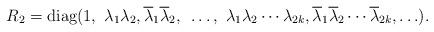
LaTeX: \begin{align*} R_2=\hbox{diag}(1, ~\lambda_1 \lambda_2, \overline \lambda_1 \overline \lambda_2, ~\ldots, ~\lambda_1 \lambda_2 \cdots \lambda_{2k}, \overline\lambda_1 \overline \lambda_2 \cdots \overline \lambda_{2k}, \ldots).\end{align*}